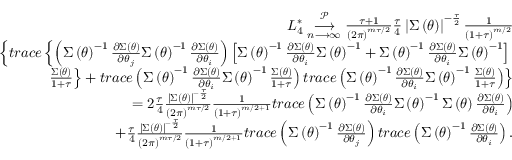
\begin{array} { r l r } & { } & { L _ { 4 } ^ { \ast } \underset { n \longrightarrow \infty } { \overset { \mathcal { P } } { \longrightarrow } } \frac { \tau + 1 } { \left( 2 \pi \right) ^ { m \tau / 2 } } \frac { \tau } { 4 } \left\vert \boldsymbol { \Sigma } \left( \boldsymbol { \theta } \right) \right\vert ^ { - \frac { \tau } { 2 } } \frac { 1 } { \left( 1 + \tau \right) ^ { m / 2 } } } \\ & { } & { \left\{ t r a c e \left\{ \left( \boldsymbol { \Sigma } \left( \boldsymbol { \theta } \right) ^ { - 1 } \frac { \partial \boldsymbol { \Sigma } \left( \boldsymbol { \theta } \right) } { \partial \theta _ { j } } \boldsymbol { \Sigma } \left( \boldsymbol { \theta } \right) ^ { - 1 } \frac { \partial \boldsymbol { \Sigma } \left( \boldsymbol { \theta } \right) } { \partial \theta _ { i } } \right) \left[ \boldsymbol { \Sigma } \left( \boldsymbol { \theta } \right) ^ { - 1 } \frac { \partial \boldsymbol { \Sigma } \left( \boldsymbol { \theta } \right) } { \partial \theta _ { i } } \boldsymbol { \Sigma } \left( \boldsymbol { \theta } \right) ^ { - 1 } + \boldsymbol { \Sigma } \left( \boldsymbol { \theta } \right) ^ { - 1 } \frac { \partial \boldsymbol { \Sigma } \left( \boldsymbol { \theta } \right) } { \partial \theta _ { i } } \boldsymbol { \Sigma } \left( \boldsymbol { \theta } \right) ^ { - 1 } \right] \right. \right. } \\ & { } & { \left. \left. \frac { \boldsymbol { \Sigma } \left( \boldsymbol { \theta } \right) } { 1 + \tau } \right\} + t r a c e \left( \boldsymbol { \Sigma } \left( \boldsymbol { \theta } \right) ^ { - 1 } \frac { \partial \boldsymbol { \Sigma } \left( \boldsymbol { \theta } \right) } { \partial \theta _ { i } } \boldsymbol { \Sigma } \left( \boldsymbol { \theta } \right) ^ { - 1 } \frac { \boldsymbol { \Sigma } \left( \boldsymbol { \theta } \right) } { 1 + \tau } \right) t r a c e \left( \boldsymbol { \Sigma } \left( \boldsymbol { \theta } \right) ^ { - 1 } \frac { \partial \boldsymbol { \Sigma } \left( \boldsymbol { \theta } \right) } { \partial \theta _ { i } } \boldsymbol { \Sigma } \left( \boldsymbol { \theta } \right) ^ { - 1 } \frac { \boldsymbol { \Sigma } \left( \boldsymbol { \theta } \right) } { 1 + \tau } \right) \right\} } \\ & { } & { = 2 \frac { \tau } { 4 } \frac { \left\vert \boldsymbol { \Sigma } \left( \boldsymbol { \theta } \right) \right\vert ^ { - \frac { \tau } { 2 } } } { \left( 2 \pi \right) ^ { m \tau / 2 } } \frac { 1 } { \left( 1 + \tau \right) ^ { m / 2 + 1 } } t r a c e \left( \boldsymbol { \Sigma } \left( \boldsymbol { \theta } \right) ^ { - 1 } \frac { \partial \boldsymbol { \Sigma } \left( \boldsymbol { \theta } \right) } { \partial \theta _ { i } } \boldsymbol { \Sigma } \left( \boldsymbol { \theta } \right) ^ { - 1 } \boldsymbol { \Sigma } \left( \boldsymbol { \theta } \right) \frac { \partial \boldsymbol { \Sigma } \left( \boldsymbol { \theta } \right) } { \partial \theta _ { i } } \right) } \\ & { } & { + \frac { \tau } { 4 } \frac { \left\vert \boldsymbol { \Sigma } \left( \boldsymbol { \theta } \right) \right\vert ^ { - \frac { \tau } { 2 } } } { \left( 2 \pi \right) ^ { m \tau / 2 } } \frac { 1 } { \left( 1 + \tau \right) ^ { m / 2 + 1 } } t r a c e \left( \boldsymbol { \Sigma } \left( \boldsymbol { \theta } \right) ^ { - 1 } \frac { \partial \boldsymbol { \Sigma } \left( \boldsymbol { \theta } \right) } { \partial \theta _ { j } } \right) t r a c e \left( \boldsymbol { \Sigma } \left( \boldsymbol { \theta } \right) ^ { - 1 } \frac { \partial \boldsymbol { \Sigma } \left( \boldsymbol { \theta } \right) } { \partial \theta _ { i } } \right) . } \end{array}